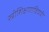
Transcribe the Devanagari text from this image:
स्त्रीशिक्षणाविषयी